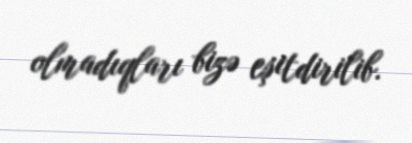
olmadıqları bizə eşitdirilib.